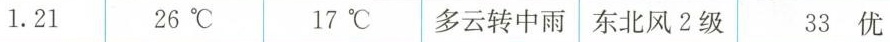
1.21 26℃ 17℃多云转中雨 东北风2级 33优